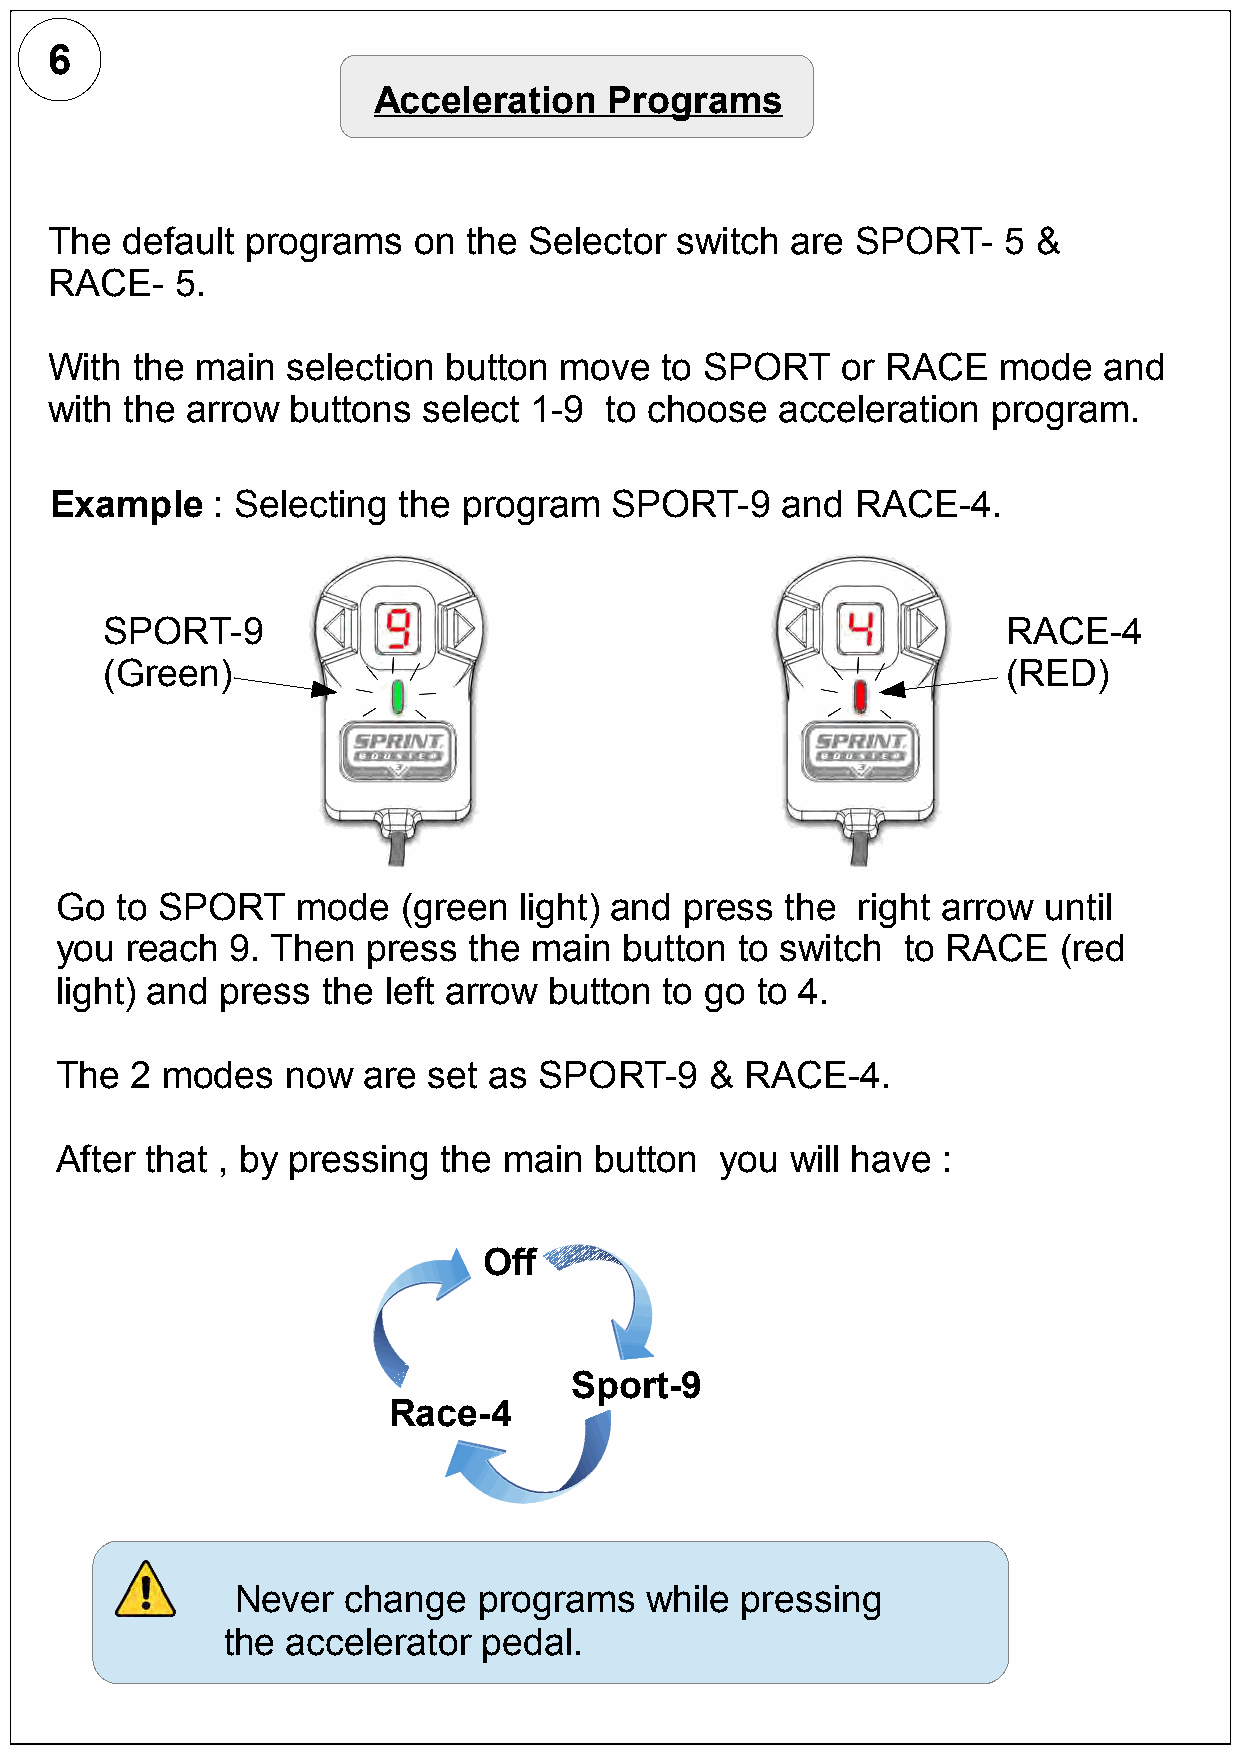
6
 Acceleration   Programs
 The  default programs   on  the Selector  switch are  SPORT-   5  &
 RACE-    5.
 With  the main  selection button  move   to SPORT    or RACE   mode   and
 with the arrow  buttons  select 1-9  to choose   acceleration  program.
 Example    : Selecting the  program  SPORT-9     and  RACE-4.
 SPORT-9                                                     RACE-4
 (Green)                                                     (RED)
 Go  to SPORT    mode   (green light) and press  the  right arrow until
 you reach  9. Then  press  the main  button  to switch  to RACE   (red
 light) and press the left arrow button  to go to 4.
 The  2 modes   now  are set as  SPORT-9    & RACE-4.
 After that , by pressing the main  button   you will have :
 Off
 Sport-9
 Race-4
 Never  change   programs   while pressing
 the accelerator  pedal.